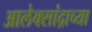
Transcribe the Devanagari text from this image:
आलेक्सांद्राच्या